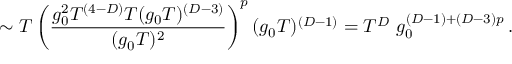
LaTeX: \sim T \left( { \frac { g _ { 0 } ^ { 2 } T ^ { ( 4 - D ) } T ( g _ { 0 } T ) ^ { ( D - 3 ) } } { ( g _ { 0 } T ) ^ { 2 } } } \right) ^ { p } ( g _ { 0 } T ) ^ { ( D - 1 ) } = T ^ { D } \ g _ { 0 } ^ { ( D - 1 ) + ( D - 3 ) p } \, .